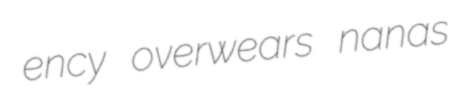
ency overwears nanas